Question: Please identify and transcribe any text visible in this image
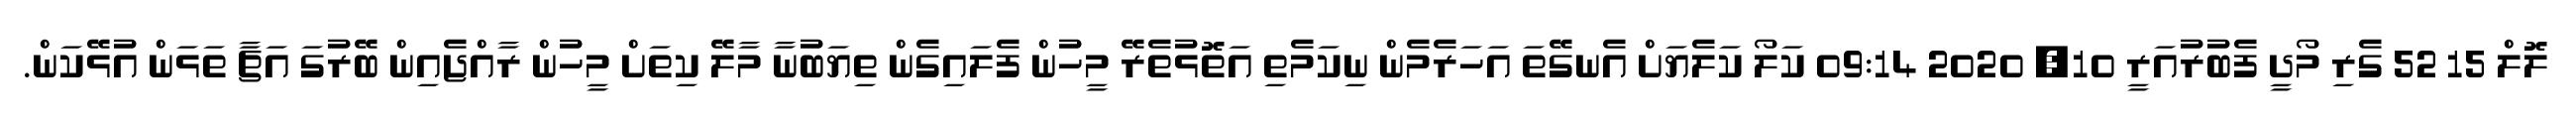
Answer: ލޮލް 15 52 ގެރި މޯދީ ފެބުރުއަރީ 10, 2020 09:14 ކަލޯ ކަލެޔަށް އެނގޭތަ އަހަރެމެން ނިކަމެތި އަތޮޅުތެރޭ މީހުން ފެލައިގެން ތިޔަބުނާ މާލޭ ކިތަށް މީހުން ރާއްޖެއިން ބޭރުގަ އަޗާ ތަޅަން އުޅޭކަން.